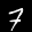
Label: 7